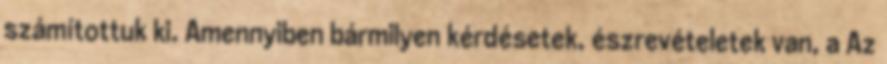
számítottuk ki. Amennyiben bármilyen kérdésetek, észrevételetek van, a Az